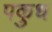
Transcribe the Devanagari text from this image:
पकुध